Leprosy in India: report of the Leprosy Commission in India, 1890-91
Year: 1890
Disease focus: Leprosy
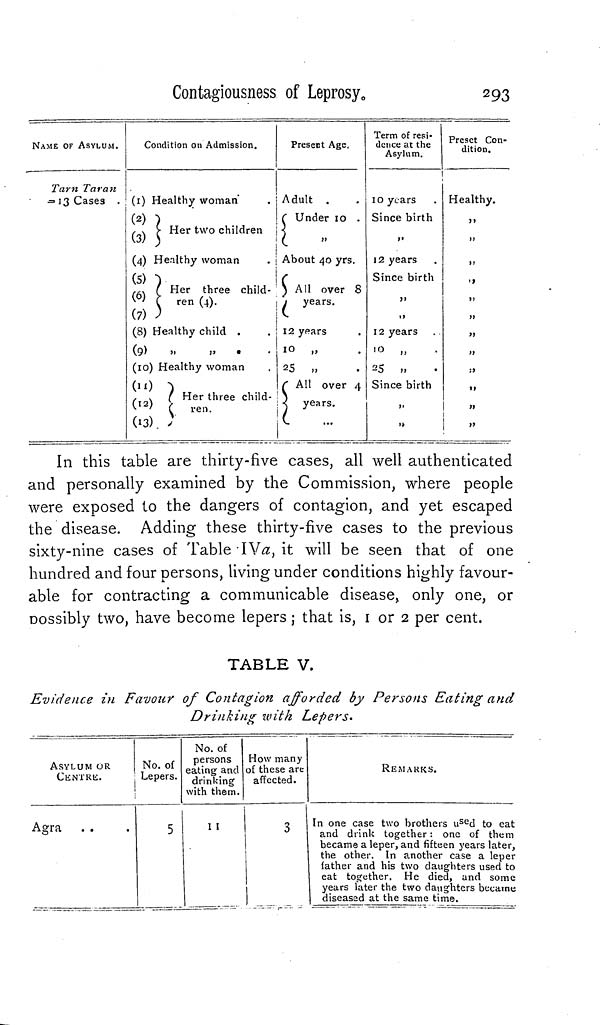
Contagiousness of Leprosy o
293
Term of resi-
preset- To
NAME OF ASYLUM.
Condition on Admission.
Present Age.
deuce at the
¡Í .
Asylum.
dltl0n *
,
|
Tarn Taran
= 13 Cases . (1) Healthy woman
. Adult .
. i o years
. Healthy.
(2) \
( Under 10 . Since birth
,,
, \ > Her two children I <
(3) 3
' I
»
>•
(4) Healthy woman
. ¡ About 40 yrs.
12 years
,,
(5) ")
\(
Since birth
,,
,,» ( Her three child- ) All over 8
v ren (4).
\ j years.
"
"
(7) )
|C
(8) Healthy child .
. | 12 years
. 12 years .
„
(9)
»
!»
•
i° 1»
. 10 „
,
„
(10) Healthy woman
. 25 „
. 25 „
.
.,
(ix) ~\
f All over 4 Since birth
,,
, \ I Her three child- \
(12) ( / ren>
:j years.
(13). ;
(.
...
, »
I „
In this table are thirty-five cases, all well authenticated
and personally examined by the Commission, where people
were exposed to the dangers of contagion, and yet escaped
the disease. Adding these thirty-five cases to the previous
sixty-nine cases of Table IV¿z, it will be seen that of one
hundred and four persons, living under conditions highly favour-
able for contracting a communicable disease,, only one, or
Dossibly two, have become lepers ; that is, i or 2 per cent.
TABLE V.
Evidence in Favour of Contagion afforded by Persons Eating and
Drinking with Lepers.
ASYLUM OR
CENTRE.
Agra . .
No. of
Lepers.
5
No. of
persons
eating and
drinking
with them.
I I
How many
of these are
affected.
3
REMARKS.
In one case two brothers u se d to eat
and drink together : one of them
became a leper, and fifteen years later,
the other. In another case a leper
father and his two daughters used to
eat together. He died, and some
years later the two daughters became
diseased at the same time.